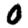
Digit: 0